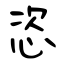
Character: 恣